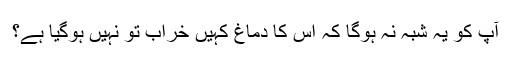
آپ کو یہ شبہ نہ ہوگا کہ اس کا دماغ کہیں خراب تو نہیں ہوگیا ہے؟